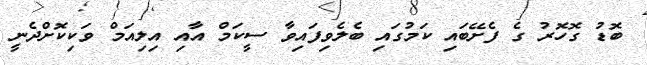
ބޮޑު ގޮހޮރު ގެ ފެށޭބައި ކަމުގައި ބެލެވިފައިވާ ސީކަމް އާއި އިލިއަމް ވަކިކޮށްދެނީ